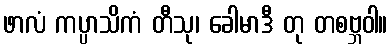
ဖာလံ ကပ္ပာသိကံ တီသု၊ ခေါမာဒီ တု တစဗ္ဘဝါ။